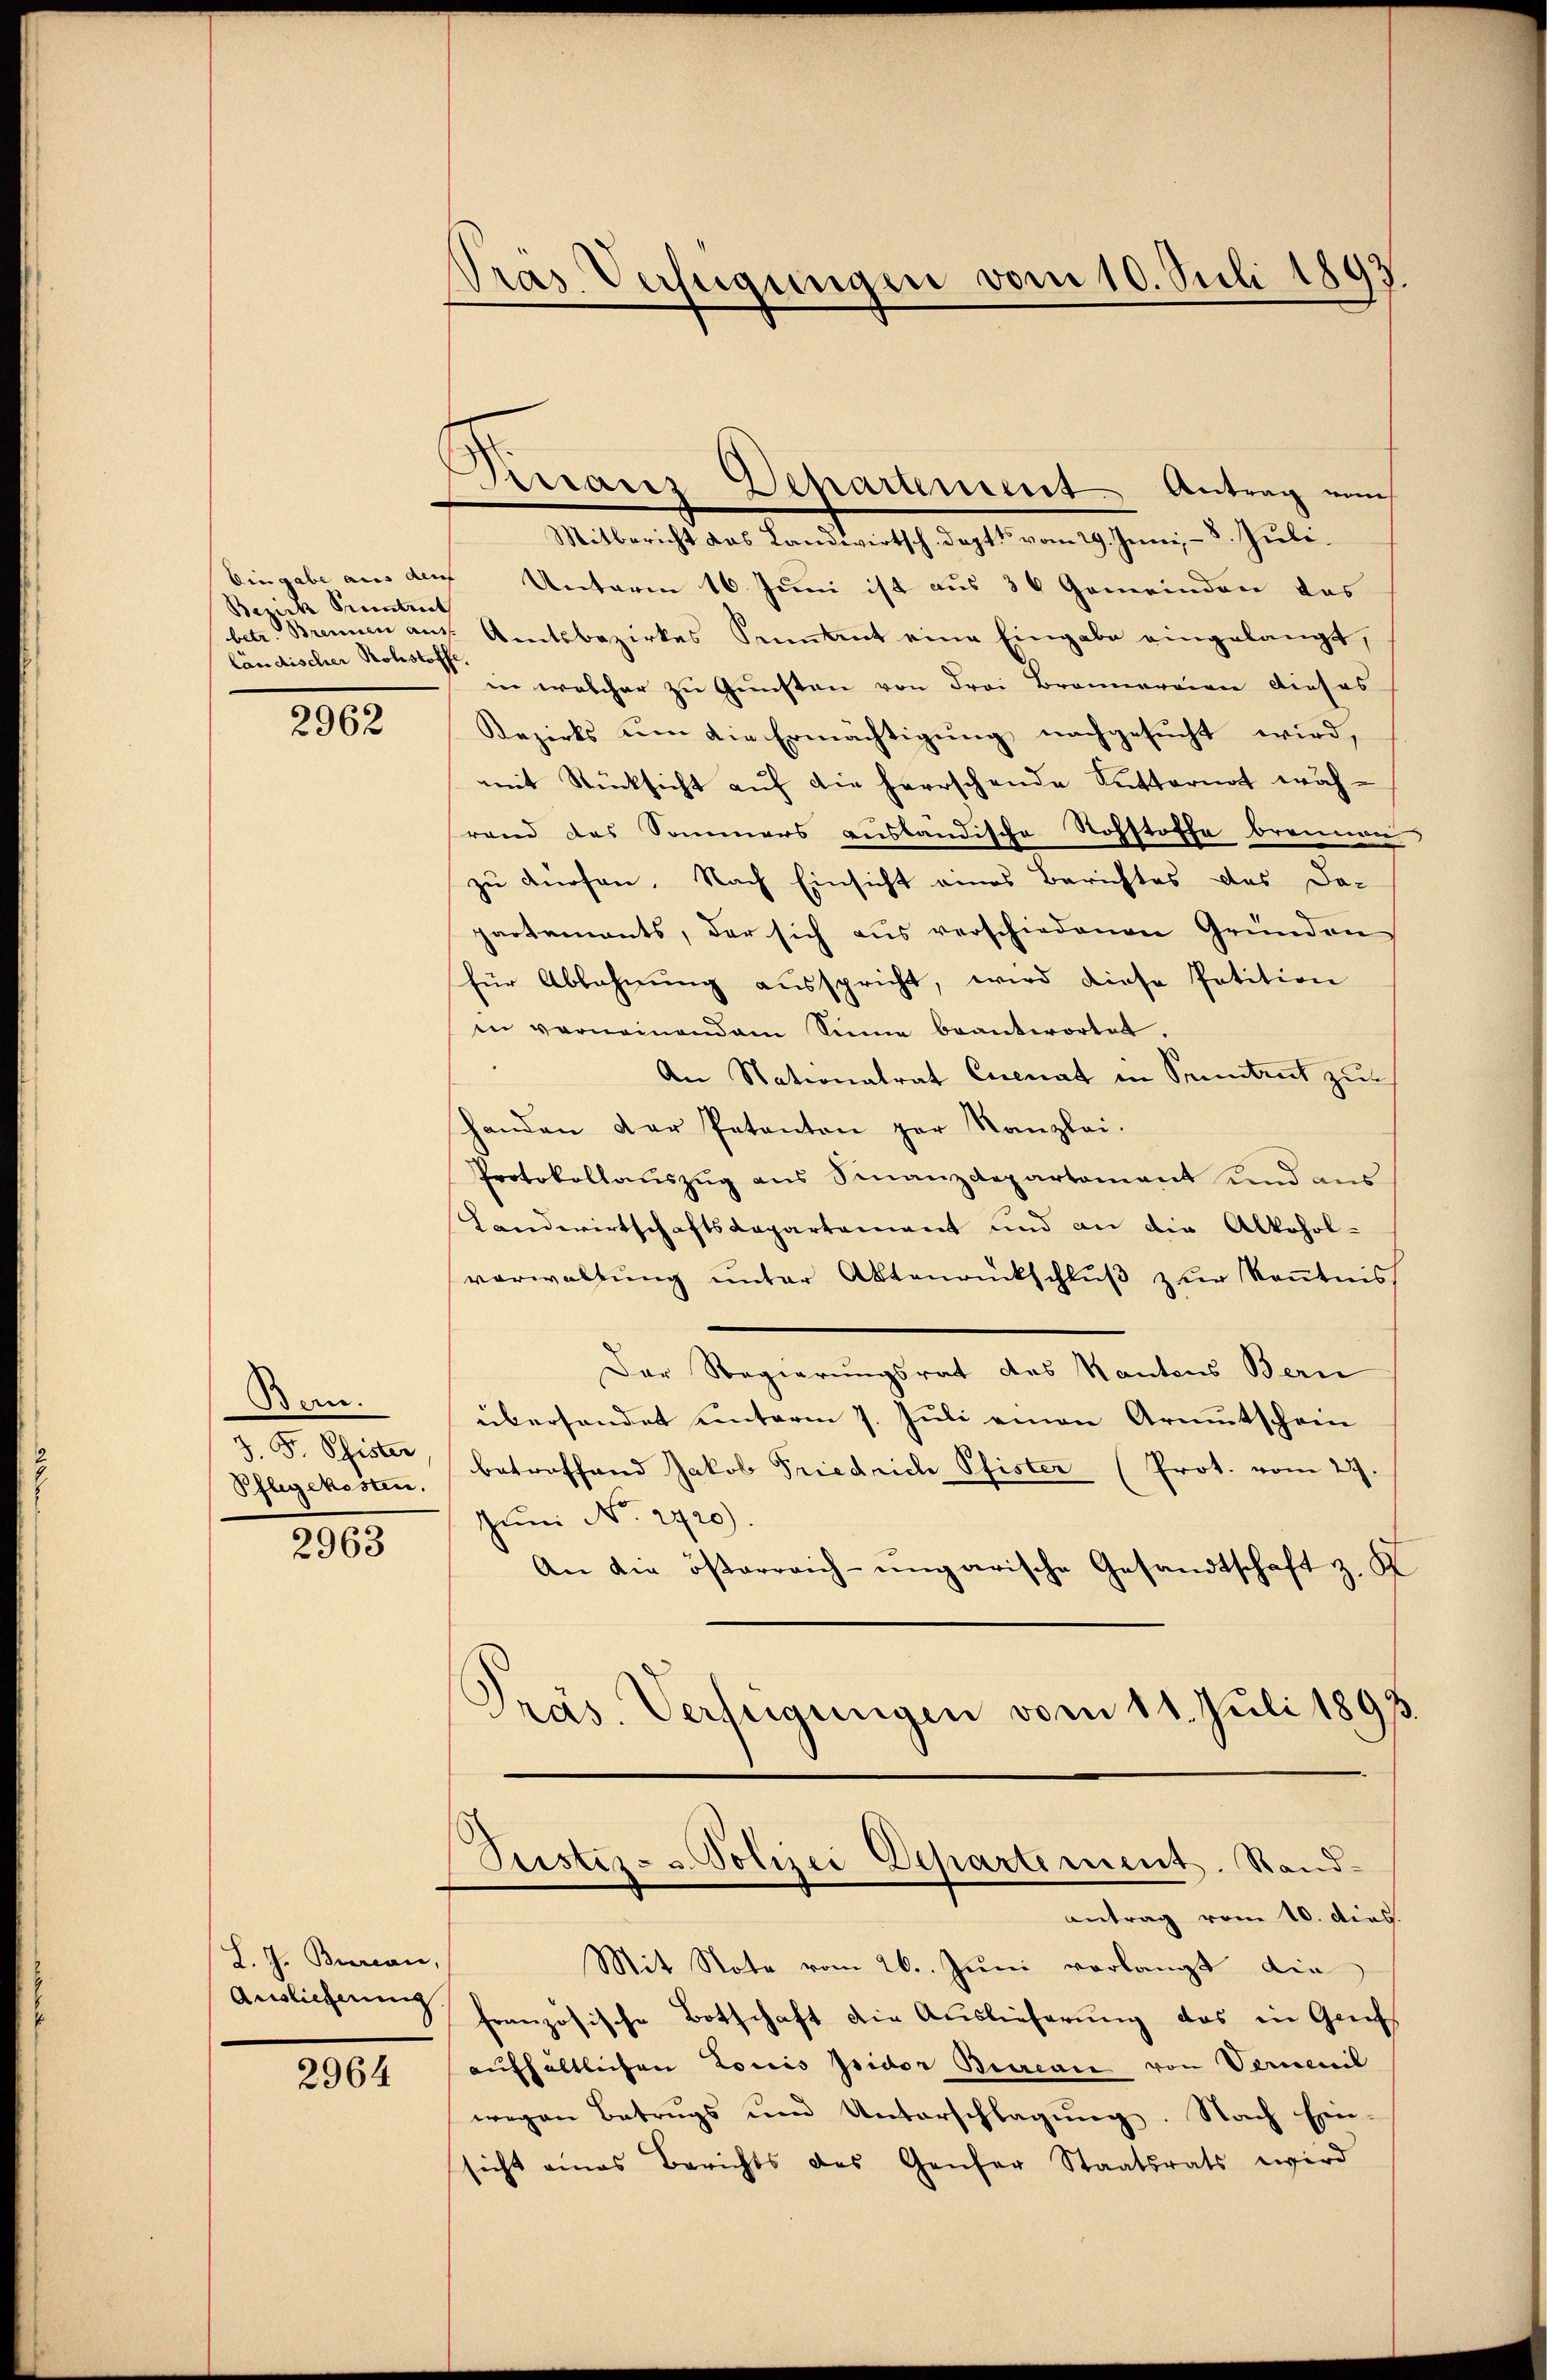
Bezirk Prentent
ländischer Rohstoffe

2962

Bern.
d. Gese
Pflegekosten.

2963

L. J. Bureau,

2964

Pras Verfügungen vom 10. Juli 1893.

Dirraner Departement Antrag von

Mitbericht das Landwirtsch doptt vom 29. Juni, - 8. Juli.
Eingabe aus der Unterm 16. Juni ist aus 30 Gemeinden das
betr. Brennen aus. Amtsbezirkes Sennant eine Eingabe eingelangt,
in welcher zu Gunsten von drei Brannereien dieses
Bezirks um die Ermächtigung nachgesucht wird,
mit Rücksicht auf die herrschende Sutternat währand das Sommers ausländische Rohstoffe brennen
zu dürfen. Nach Einsicht eines Berichtes das Da-
partements, der sich aus verschiedenen Gründen
für Ablehnung ausspricht, wird diese Petition
in vernemendem Sinne beantwortet.
An Nationalrat Cuenat in Sonntent zur
handen der Petenten par Kanzlei.
Protokollauszug aus Finanzdepartement und aus
Landwirtschaftsdepartement und an die Alkohol-
vorwaltung unter Aktenrückschluß zur Kenntnis
Der Regierungsrat des Kantons Bern
übersendet unterm 7. Juli einen Armutschein
betreffend Jakob Friedrich Pfister (Prot. vom 29.
Jun No. 2420)
An die österreich-ungarische Gesandtschaft z. K
Präs. Verfügungen vom 11. Juli 1893
Justiz- u. Polizei Departement. Rand-
antrag vom 10. dies.
Mit Note vom 26. Juni vorlangt die
Auslieferung französische Botschaft die Auslieferung das in Gech
aufhältlichen Louis pridor Bureau von Verenil
wegen Betrugs und Unterschlagung. Nach Ein-
sicht eines Berichts des Genfer Staatsrats wird